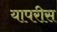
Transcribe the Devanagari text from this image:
यापरीस